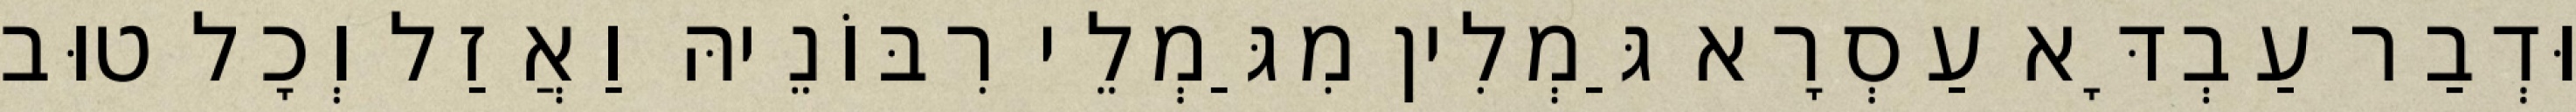
וּדְבַר עַבְדָּא עַסְרָא גַּמְלִין מִגַּמְלֵי רִבּוֹנֵיהּ וַאֲזַל וְכָל טוּב